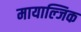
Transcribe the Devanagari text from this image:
मायाल्जिक